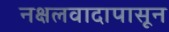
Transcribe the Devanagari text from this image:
नक्षलवादापासून